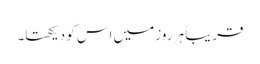
قریباً ہر روز میں اس کو دیکھتا۔